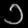
Digit: ၁